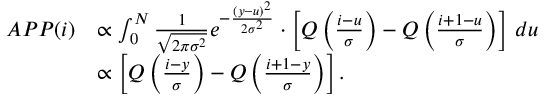
\begin{array} { r l } { A P P ( i ) } & { \propto \int _ { 0 } ^ { N } \frac { 1 } { \sqrt { 2 \pi \sigma ^ { 2 } } } e ^ { - \frac { ( y - u ) ^ { 2 } } { 2 \sigma ^ { 2 } } } \cdot \left[ Q \left( \frac { i - u } { \sigma } \right) - Q \left( \frac { i + 1 - u } { \sigma } \right) \right] \, d u } \\ & { \propto \left[ Q \left( \frac { i - y } { \sigma } \right) - Q \left( \frac { i + 1 - y } { \sigma } \right) \right] . } \end{array}